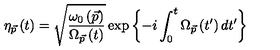
\eta _ { \vec { p } } \left( t \right) = \sqrt { \frac { \omega _ { 0 } \left( \vec { p } \right) } { \Omega _ { \vec { p } } \left( t \right) } } \exp \left\{ - i \int _ { 0 } ^ { t } \Omega _ { \vec { p } } \left( t ^ { \prime } \right) d t ^ { \prime } \right\}